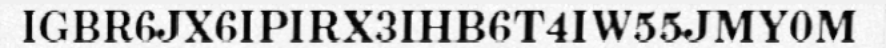
IGBR6JX6IPIRX3IHB6T4IW55JMY0M